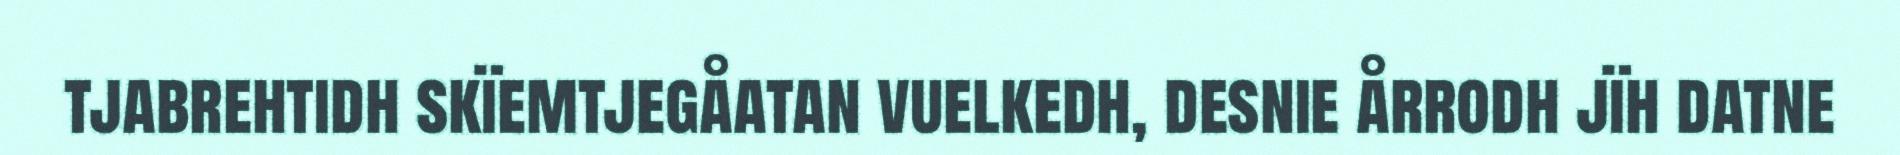
tjabrehtidh skïemtjegåatan vuelkedh, desnie årrodh jïh datne